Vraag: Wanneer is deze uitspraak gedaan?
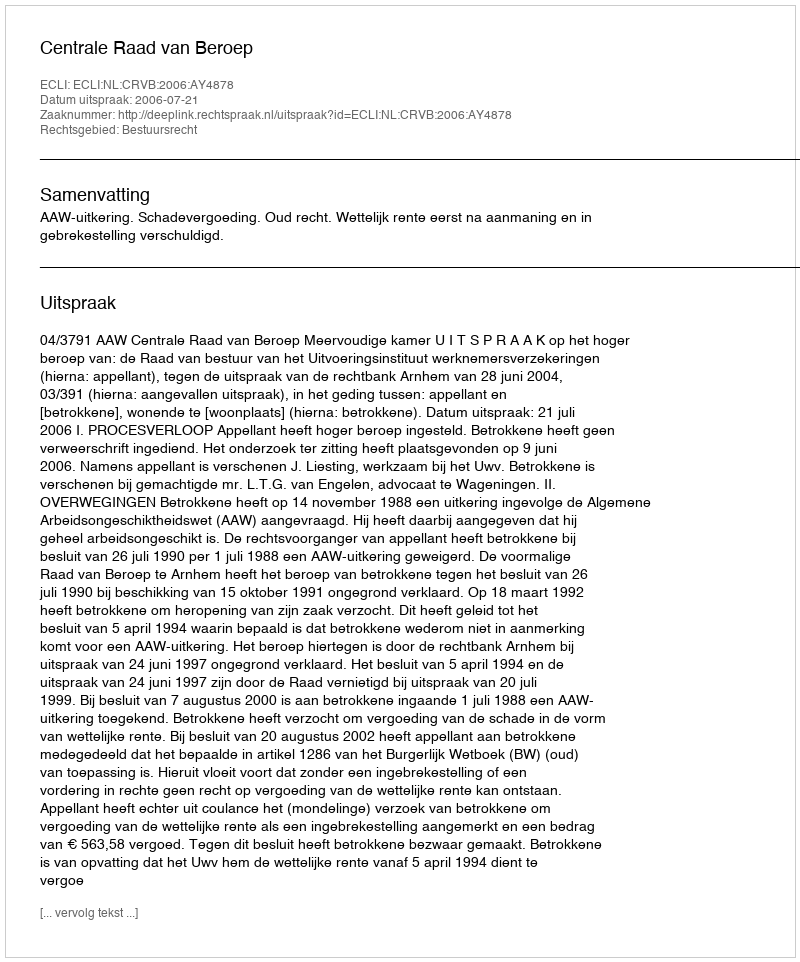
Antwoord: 2006-07-21